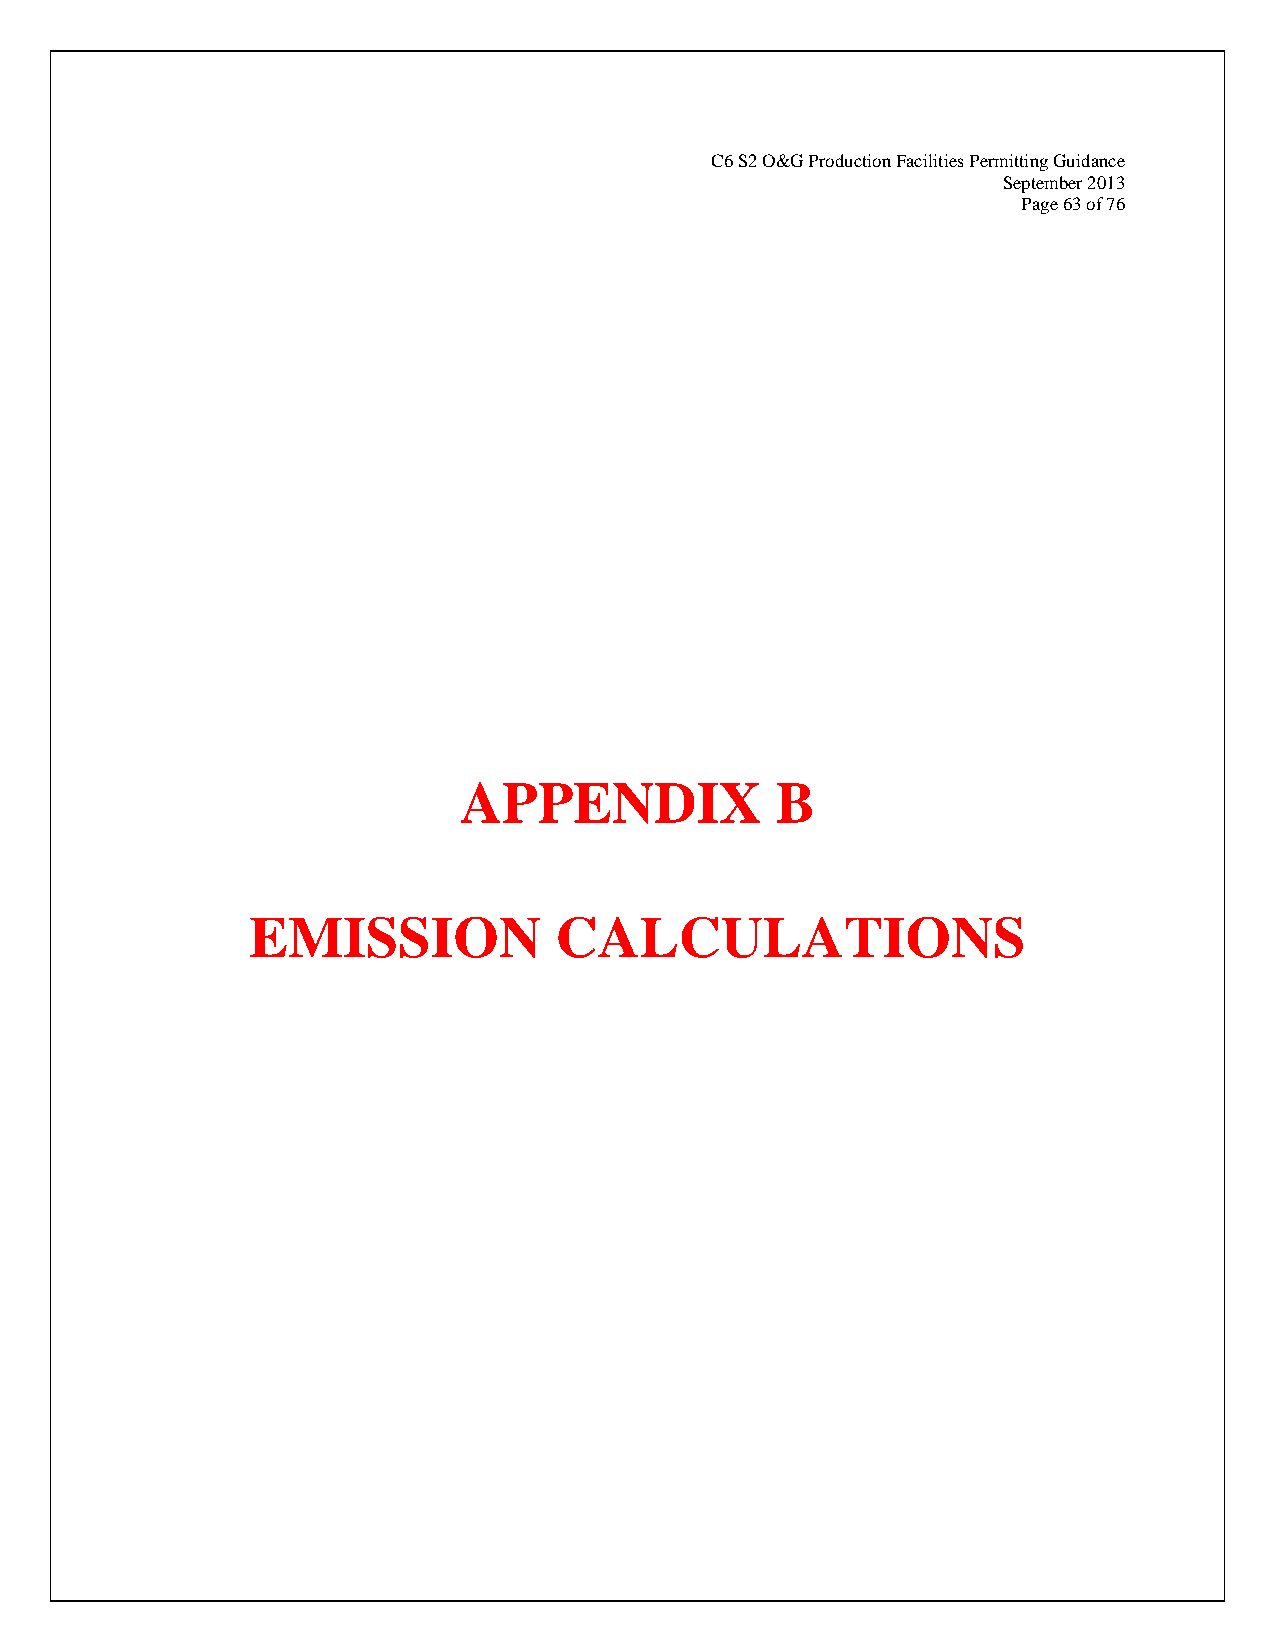
C6 S2 O&G Production Facilities Permitting Guidance
 September 2013
 Page 63 of 76
 APPENDIX             B
 EMISSION            CALCULATIONS